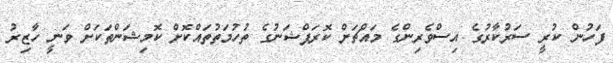
ފަހުން ކުރީ ސަރުކާރުގެ އިސްވެރިންގެ މައްޗަށް ކޮރަޕްޝަނުގެ ތުހުމަތުތައްކޮށް ކޮޮމިޝަންތަކަށް ވަނީ ހާޒިރު